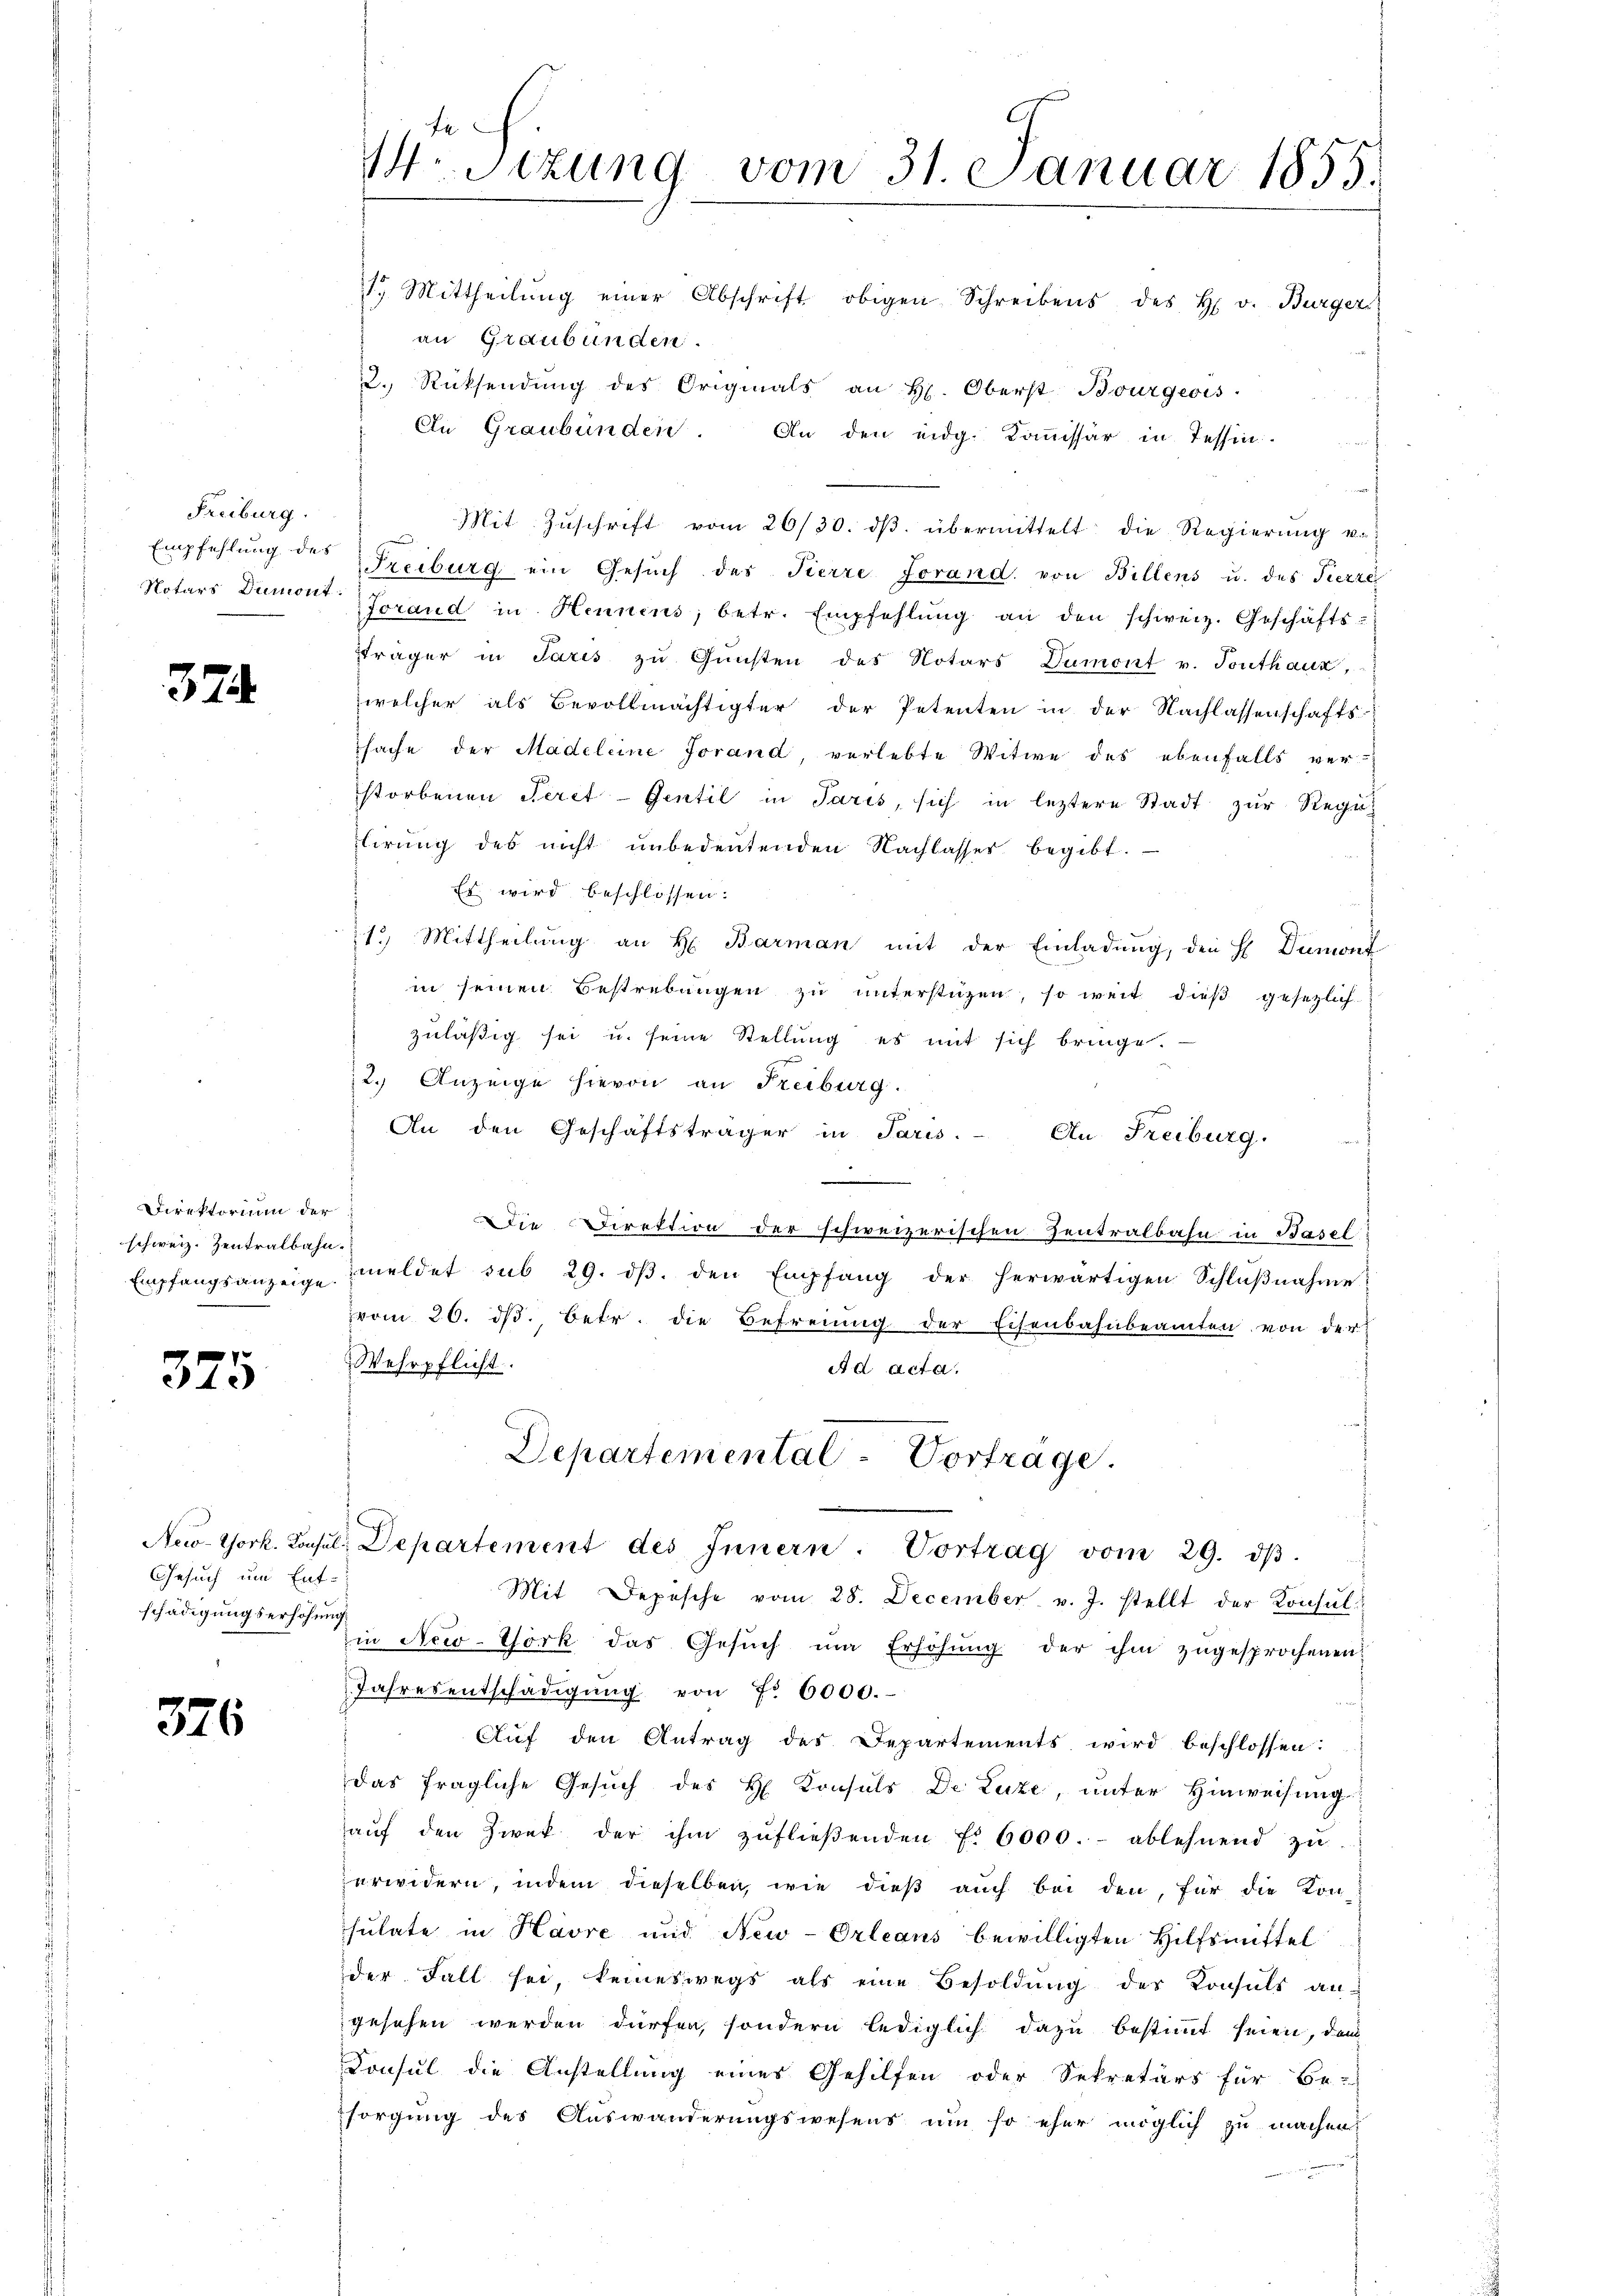
Freiburg.
Empfehlung des
Notars Dumont

374.

Direktorium der
schweiz. Zentralbahn
Empfangsanzeige

375

Gesuch um Ent-
schädigungserhöhung.

376

W.Stzung vom 31. Januar 1855.

7. Mittheilŭng einer Abschrift obigen Schreibens des H. v. Bürger
an Graubünden
2. Rücksendŭng des Originals an H. Oberst Bourgeois.
An Graubünden. An den eidg. Kommissär in Tessin.
Mit Zuschrift vom 26/30. dβ übermittelt die Regierung v
Freiburg ein Gesŭch des Tierre Forand, von Billens u. des Fierze
Jorand in Hennens, betr. Empfehlŭng an den schweiz. Geschäfts-
sträger in Paris zu Gunsten des Notars Dumont v. Touthauz,
welcher als Bevollmächtigter der Petenten in der Nachlassenschafts-
sache der Madeleine Jorand, verlebte Witwe des ebenfalls ver-
storbenen Peret-Gentil in Paris, sich in leztere Stadt zur Regilirung des nicht ŭnbedeŭtenden Nachlasses begibt.
Es wird beschlossen:
21. Mittheilŭng an H. Barman mit der Einladŭng, den H. Dumont
in seinen Bestrebungen zu unterstüzen, so weit dieß gesetzlich
zuläßig sei u. seine Stellung es mit sich bringe.
2.) Anzeige hievon an Freiburg.
An den Geschäftsträger in Paris. An Freiburg.
.
Die Direktion der schweizerischen Zentralbahn in Basel
meldet sub 29. dβ. den Empfang der herwärtigen Schlŭβnahme
vvom 26. dβ. betr. die Befreiung der Eisenbahnbeamten von der
Wehrpflicht.
Ad acta.
Departemental-Vortrage.

New-York. Kassel, Departement des Innern. Vortrag vom 29. dβ.

Mit Depesche vom 28. December v. J. stellt der Konsul
in New-York das Gesŭch ŭm Erhöhŭng der ihm zugesprochenen
Jahresentschädigŭng von 7. 6000.
Auf den Antrag des Departements wird beschlossen:
das fragliche Gesŭch des H. Konsuls De Luze, unter Hinweisung
aŭf den Zwek der ihm zŭflieβenden f. 6000.- ablehnend zŭ
erwidern, indem dieselben, wie dieß auch bei den, für die Konsulate in Havre und Neu-Orleans bewilligten Hilfsmittel
der Fall sei, keineswegs als eine Besoldŭng des Konsuls an-
gesehen werden dürfen, sondern lediglich dazu bestimmt seien, dem
Consul die Anstellung eines Gehilfen oder Sekretärs für Be-
sorgung des Auswanderungswesens um so eher möglich zu machen,